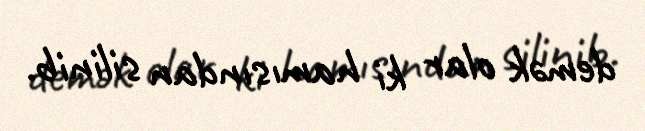
demək olar ki hamısından silinib.